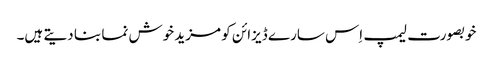
خوبصورت لیمپ اِس سارے ڈیزائن کو مزید خوش نما بنا دیتے ہیں۔